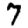
Digit: 7